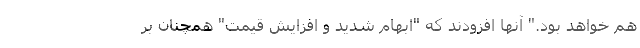
هم خواهد بود." آنها افزودند که "ابهام شدید و افزایش قیمت" همچنان بر